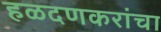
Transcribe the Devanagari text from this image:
हळदणकरांचा